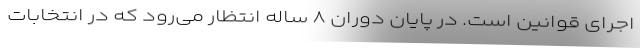
اجرای قوانین است. در پایان دوران ۸ ساله انتظار می‌رود که در انتخابات